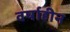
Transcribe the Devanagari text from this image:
वर्षाहीन